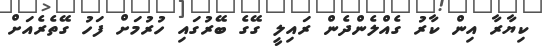
ކިޔާރާ އިން ކާރު ގެއްލެންދެން ރައިލީ ގޭގެ ބޭރުގައި ހުރުމަށް ފަހު ގޭތެރެއަށް